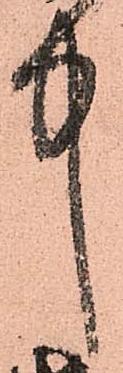
中